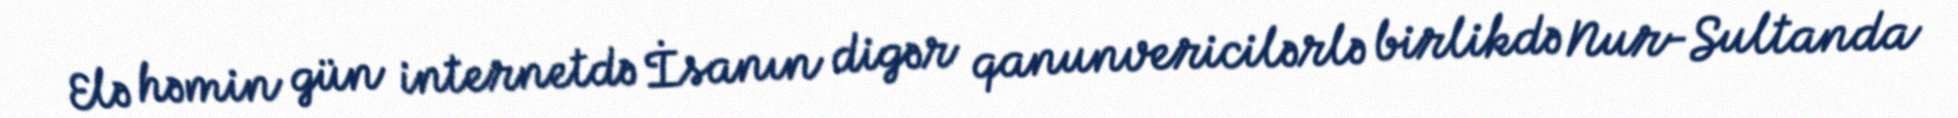
Elə həmin gün internetdə İsanın digər qanunvericilərlə birlikdə Nur-Sultanda